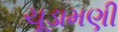
ચૂડામણી